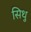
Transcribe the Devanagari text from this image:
सिथु